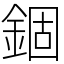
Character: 錮